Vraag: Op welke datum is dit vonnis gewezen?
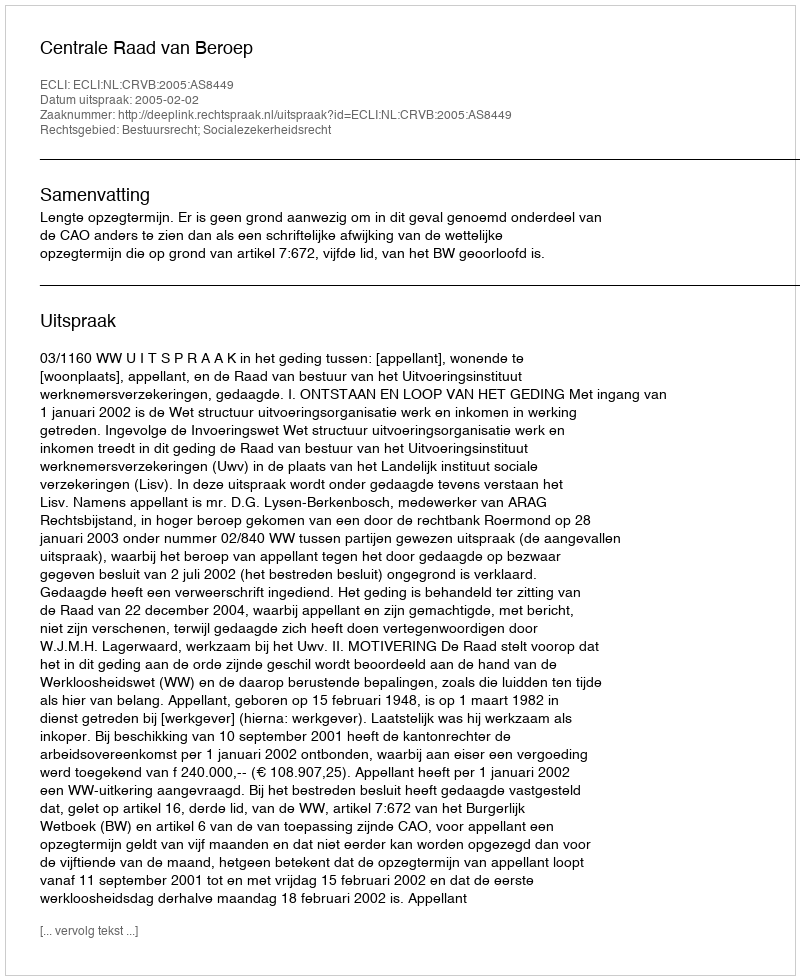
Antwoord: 2005-02-02